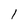
Character: 1